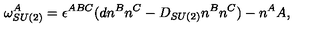
\omega _ { S U ( 2 ) } ^ { A } = \epsilon ^ { A B C } ( d n ^ { B } n ^ { C } - D _ { S U ( 2 ) } n ^ { B } n ^ { C } ) - n ^ { A } A ,